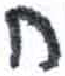
אות: ח